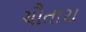
ચૌતારા